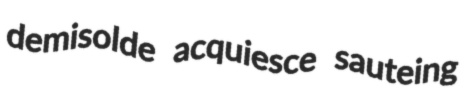
demisolde acquiesce sauteing